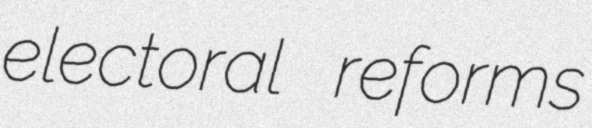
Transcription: electoral reforms